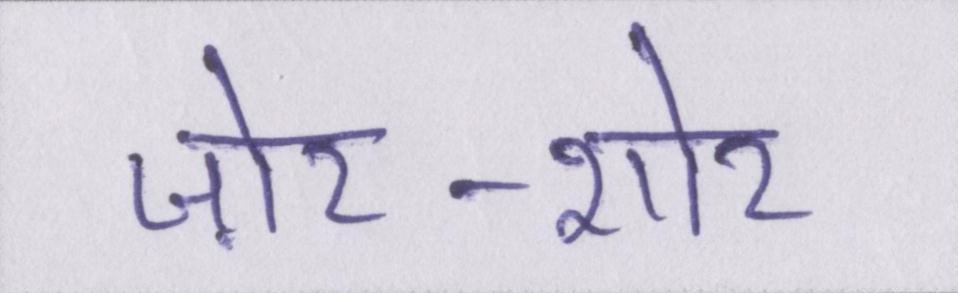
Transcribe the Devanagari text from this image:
ज़ोर-शोर